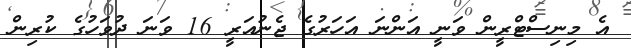
އެ މިނިސްޓްރީން ވަނީ އަންނަ އަހަރުގެ ޖެނުއަރީ 16 ވަނަ ދުވަހުގެ ކުރިން